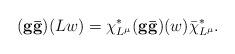
LaTeX: \begin{align*}({\bf g\bar{g}})(L w) = \chi^*_{L^\mu}({\bf g\bar{g}})(w) \bar{\chi}^*_{L^\mu}.\end{align*}